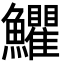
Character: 𩽩